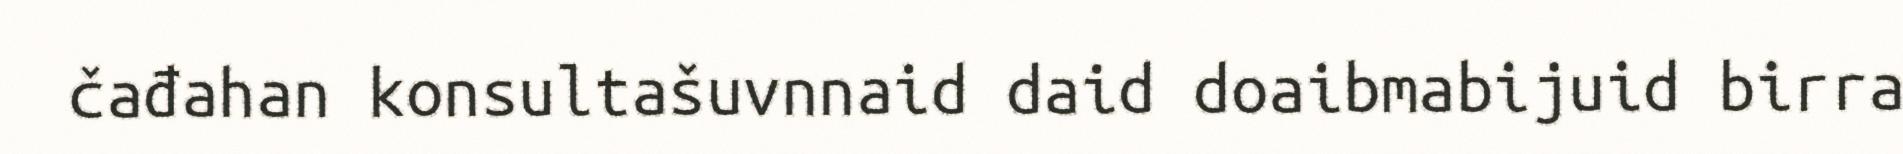
čađahan konsultašuvnnaid daid doaibmabijuid birra